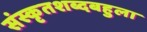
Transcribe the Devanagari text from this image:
संस्कृतशब्दबहुला